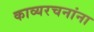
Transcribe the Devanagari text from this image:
काव्यरचनांना